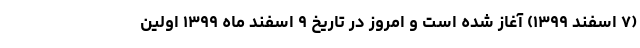
(۷ اسفند ۱۳۹۹) آغاز شده است و امروز در تاریخ ۹ اسفند ماه ۱۳۹۹ اولین